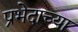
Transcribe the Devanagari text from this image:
प्रभेदाच्या